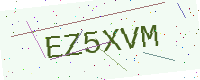
Text: EZ5XVM